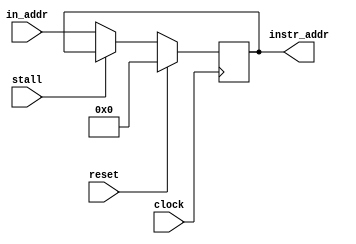
module program_counter(
	input wire clock,
	input wire reset,
	input wire [31:0] in_addr,
	input wire stall,
	output reg [31:0] instr_addr
	);
	
	initial begin
		instr_addr <= 0;
	end
	
	
	always @(negedge clock) begin
		if (reset == 1'b1) begin
			instr_addr <= 0;
		end else begin
			if (stall == 0) begin
				instr_addr <= in_addr;
			end
		end
	end
	
endmodule